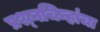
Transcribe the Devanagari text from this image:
प्रश्‍नचिन्हांचा